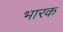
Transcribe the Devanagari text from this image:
भारक